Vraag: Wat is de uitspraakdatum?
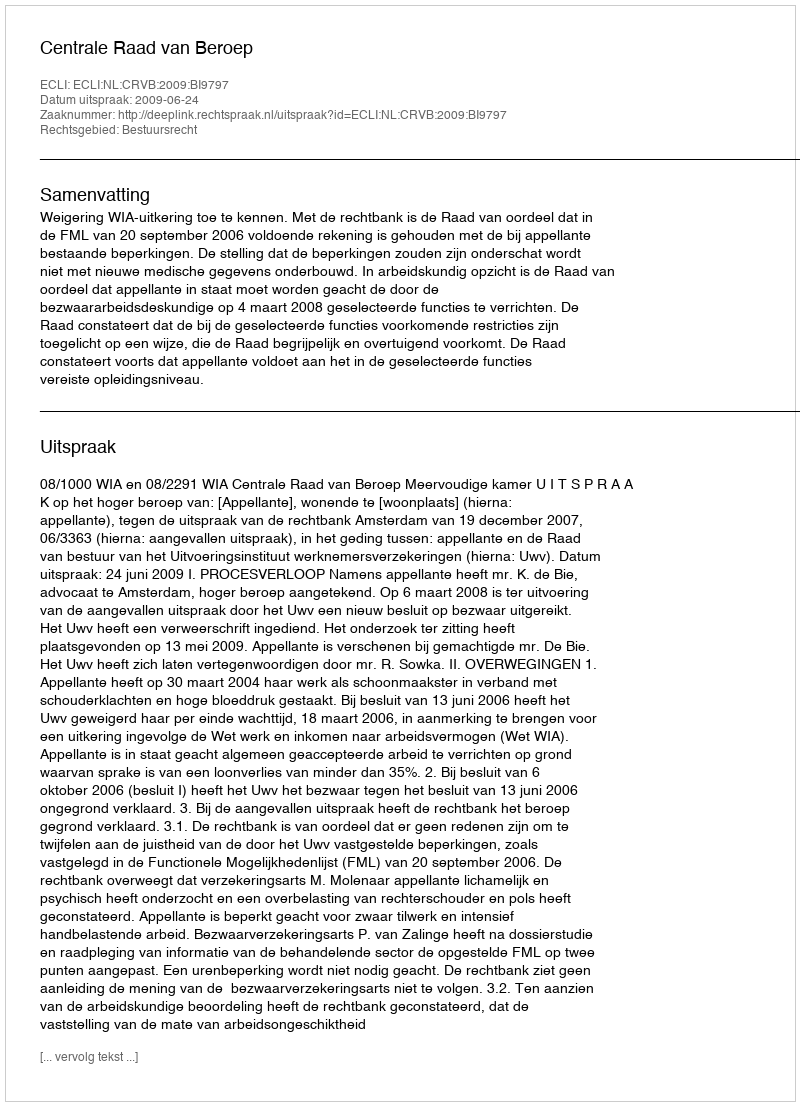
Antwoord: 2009-06-24